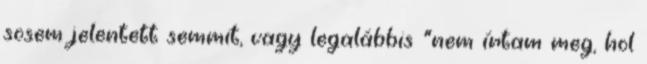
sosem jelentett semmit, vagy legalábbis "nem írtam meg, hol